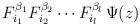
LaTeX: \begin{align*}F_{i_{1}}^{\beta_{1}}F_{i_{2}}^{\beta_{2}}\cdots F_{i_{l}}^{\beta_{l}}\,\Psi(z)\end{align*}